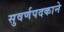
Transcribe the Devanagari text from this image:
सुवर्णपदकाने